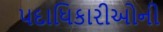
પદાધિકારીઓની